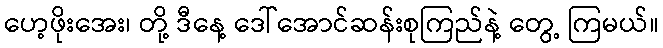
ဟေ့ဖိုးအေး၊ တို့ ဒီနေ့ ဒေါ်အောင်ဆန်းစုကြည်နဲ့ တွေ့ ကြမယ်။